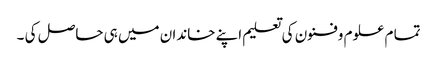
تما م علوم وفنون کی تعلیم اپنے خاندان میں ہی حاصل کی ۔